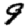
Digit: 9